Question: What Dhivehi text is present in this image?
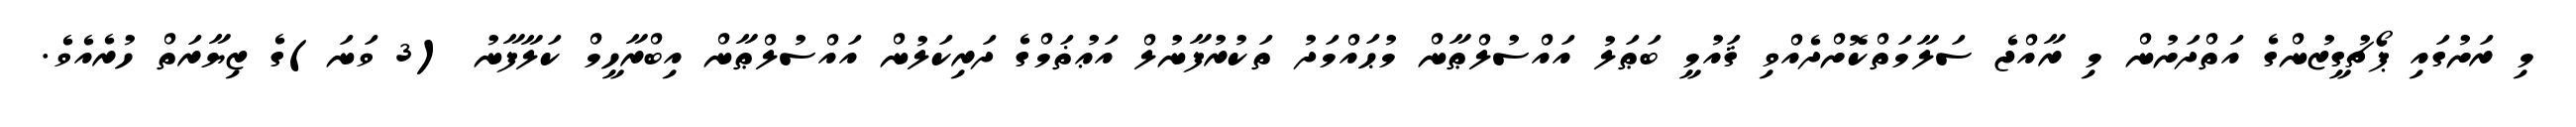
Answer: މި ރަށުގައި ޕޯޗުގީޒުންގެ އަތްދަށުން މި ރާއްޖެ ސަލާމަތްކޮށްދެއްވި ޤައުމީ ބަޠަލު އައްސުލްޠާން މުޙައްމަދު ތަކުރުފާނުލް އަޢުޡަމްގެ ދަރިކަލުން އައްސުލްޠާން އިބްރާހީމް ކަލާފާނު (3 ވަނަ)ގެ ޒިޔާރަތް ހުރެއެވެ.